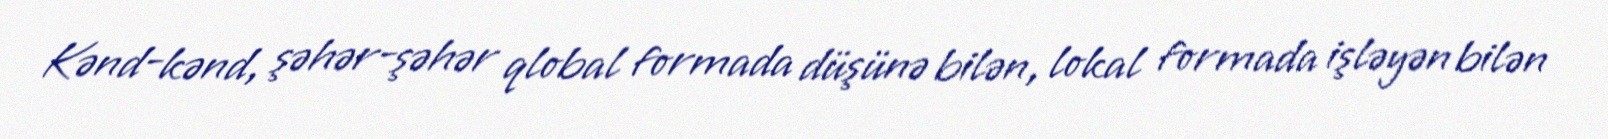
Kənd-kənd, şəhər-şəhər qlobal formada düşünə bilən, lokal formada işləyən bilən